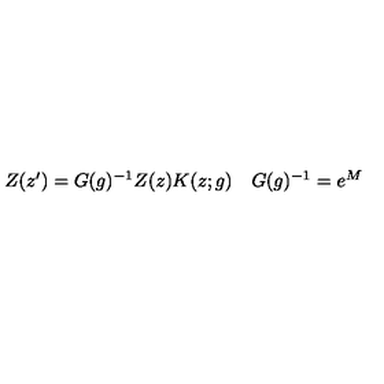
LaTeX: \begin{array} { c c } { Z ( z ^ { \prime } ) = G ( g ) ^ { - 1 } Z ( z ) K ( z ; g ) } & { G ( g ) ^ { - 1 } = e ^ { M } } \\ \end{array}